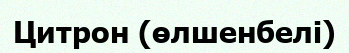
Цитрон (өлшенбелі)